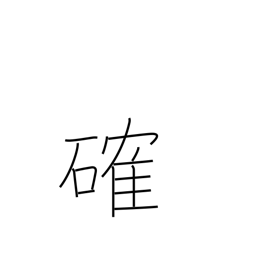
Meaning: firm